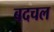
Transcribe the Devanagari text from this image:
बदचल